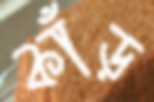
কাঁড়